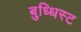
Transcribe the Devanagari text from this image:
बुध्धिस्ट